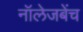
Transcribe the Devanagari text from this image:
नॉलेजबेंच